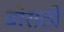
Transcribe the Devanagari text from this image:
बोराठी